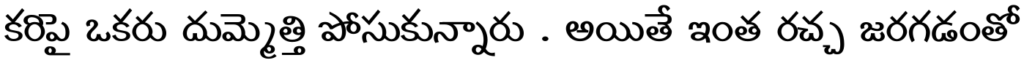
కరిపై ఒకరు దుమ్మెత్తి పోసుకున్నారు . అయితే ఇంత రచ్చ జరగడంతో